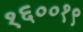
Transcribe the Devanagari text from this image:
१६००१९